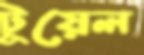
টুয়েল